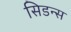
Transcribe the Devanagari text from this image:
सिडन्स